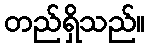
တည်ရှိသည်။